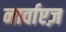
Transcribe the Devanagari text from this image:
नार्वाएज़